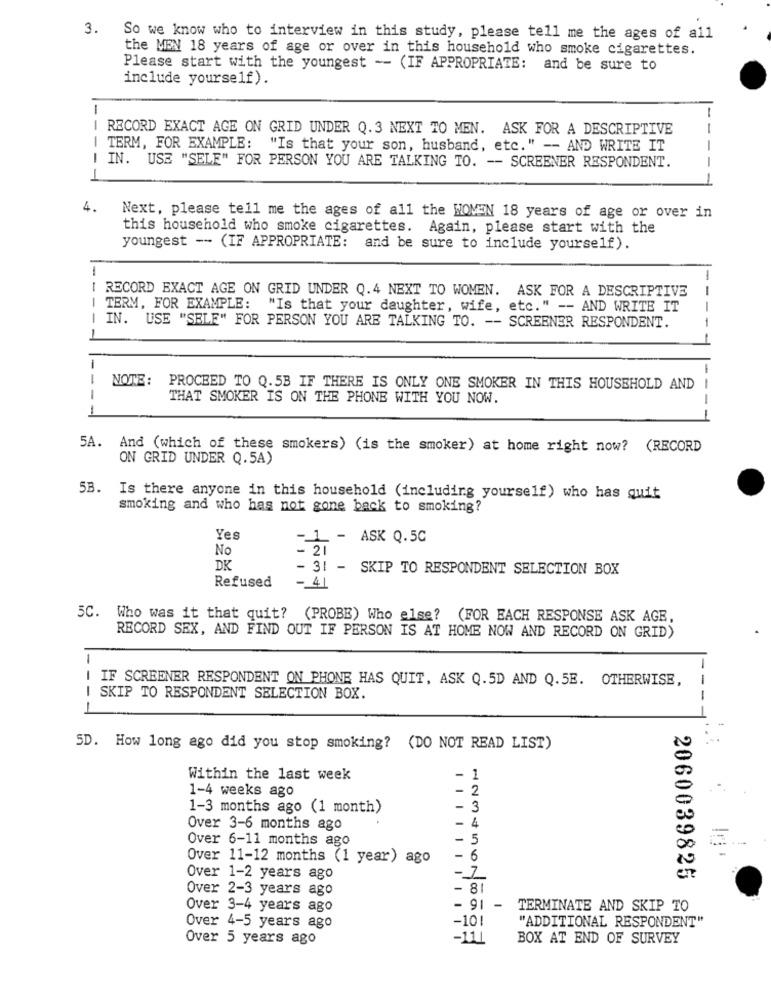
3. So we know who to interview in this study, please tell me the ages of all
the MEN 18 years of age or over in this household who smoke cigarettes.
Please start with the youngest -- (IF APPROPRIATE: and be sure to
include yourself).
-
--
RECORD EXACT AGE ON GRID UNDER Q.3 NEXT TO MEN. ASK FOR A DESCRIPTIVE
-
-
TERM, FOR EXAMPLE: "Is that your son, husband, etc. " -- AND WRITE IT
-
I IN. USE "SELE" FOR PERSON YOU ARE TALKING TO. -- SCREENER RESPONDENT.
--
4.
Next, please tell me the ages of all the WOMEN 18 years of age or over in
this household who smoke cigarettes. Again, please start with the
youngest -- (IF APPROPRIATE: and be sure to include yourself).
RECORD EXACT AGE ON GRID UNDER Q.4 NEXT TO WOMEN. ASK FOR A DESCRIPTIVE
--
TERM, FOR EXAMPLE: "Is that your daughter, wife, etc." -- AND WRITE IT
---
IN. USE "SELE" FOR PERSON YOU ARE TALKING TO. -- SCREENER RESPONDENT.
--
NOTE: PROCEED TO Q.5B IF THERE IS ONLY ONE SMOKER IN THIS HOUSEHOLD AND I
THAT SMOKER IS ON THE PHONE WITH YOU NOW.
--
----
5A.
And (which of these smokers) (is the smoker) at home right now? (RECORD
ON GRID UNDER Q.5A)
5B. Is there anyone in this household (including yourself) who has quit
smoking and who has not gone back to smoking?
Yes
-1 - ASK Q.5C
No
- 21
DK
- 31 - SKIP TO RESPONDENT SELECTION BOX
Refused
- 41
5C. Who was it that quit? (PROBE) Who else? (FOR EACH RESPONSE ASK AGE,
RECORD SEX, AND FIND OUT IF PERSON IS AT HOME NOW AND RECORD ON GRID)
1
-
I IF SCREENER RESPONDENT ON PHONE HAS QUIT, ASK Q.5D AND Q.5E. OTHERWISE,
-
I SKIP TO RESPONDENT SELECTION BOX.
-
SD. How long ago did you stop smoking? (DO NOT READ LIST)
Within the last week
- 1
1-4 weeks ago
- 2
.
1-3 months ago (1 month)
-
Over 3-6 months ago
- 4
Over 6-11 months ago
- 5
Over 11-12 months (1 year) ago
- 6
-7
Over 1-2 years ago
2060039825
Over 2-3 years ago
Over 3-4 years ago
- 91 -
TERMINATE AND SKIP TO
-10!
"ADDITIONAL RESPONDENT"
Over 4-5 years ago
Over 5 years ago
-111
BOX AT END OF SURVEY